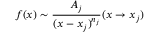
f ( x ) \sim { \frac { A _ { j } } { ( x - x _ { j } ) ^ { n _ { j } } } } ( x \rightarrow x _ { j } )